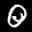
Label: 0